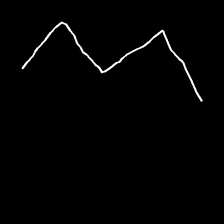
Glyph: crush